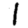
Digit: 1